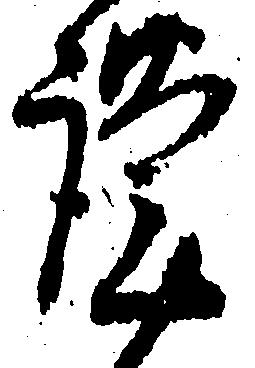
謹